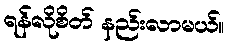
ရန်လိုစိတ် နည်းလာမယ်။